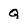
Character: Q